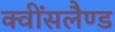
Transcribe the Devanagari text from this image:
क्वींसलैण्ड